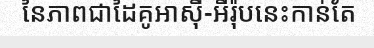
នៃភាពជាដៃគូអាស៊ី-អឺរ៉ុបនេះកាន់តែ